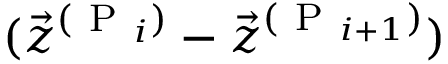
( \vec { z } ^ { ( \mathrm { ~ P ~ } _ { i } ) } - \vec { z } ^ { ( \mathrm { ~ P ~ } _ { i + 1 } ) } )